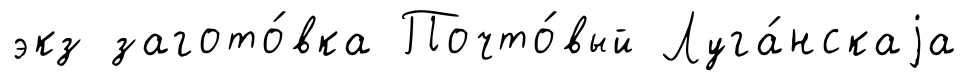
экз загото́вка Почто́вый Луга́нскаjа